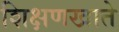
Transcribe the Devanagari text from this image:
शिक्षणखाते